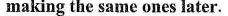
making the same ones later.